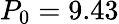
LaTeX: P_{0}=9.43